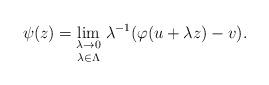
LaTeX: \begin{align*}\psi(z)=\underset{\lambda\in \Lambda}{\lim_{\lambda \to 0}} \;\lambda^{-1}(\varphi(u+\lambda z)-v).\end{align*}